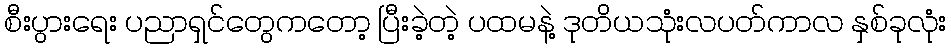
စီးပွားရေး ပညာရှင်တွေကတော့ ပြီးခဲ့တဲ့ ပထမနဲ့ ဒုတိယသုံးလပတ်ကာလ နှစ်ခုလုံး